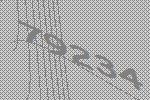
79234